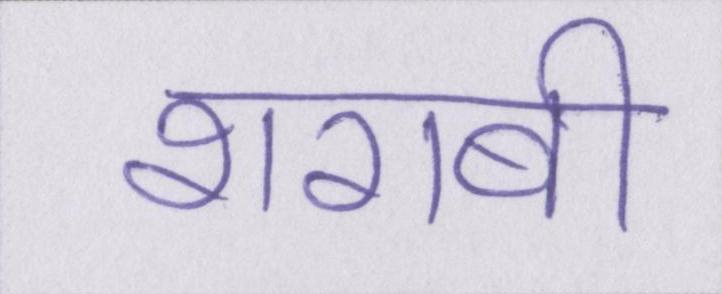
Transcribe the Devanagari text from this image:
शराबी